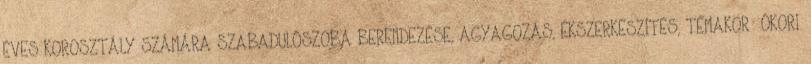
ÉVES KOROSZTÁLY SZÁMÁRA SZABADULÓSZOBA BERENDEZÉSE, AGYAGOZÁS, ÉKSZERKÉSZÍTÉS, TÉMAKÖR: ÓKORI